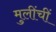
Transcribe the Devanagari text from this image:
मुलींचीं